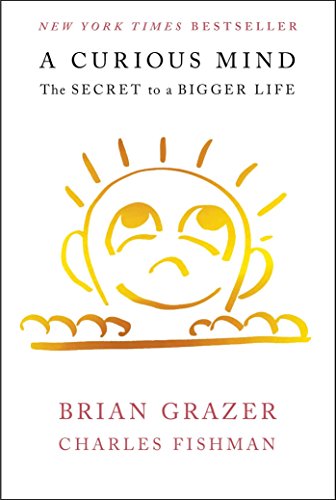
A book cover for A Curious Mind: The Secret to a Bigger Life; Brian Grazer; Humor & Entertainment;